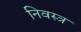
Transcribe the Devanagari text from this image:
निवस्त्र